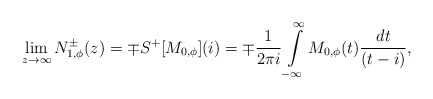
\begin{align*}\lim_{z\to\infty}N^{\pm}_{1,\phi}(z)=\mp S^+[M_{0,\phi}](i)=\mp\frac{1}{2 \pi i} \int\limits_{-\infty}^{\infty} M_{0,\phi}(t)\frac{d t }{(t - i)},\end{align*}